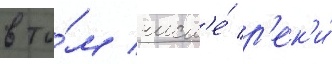
в то́м числ'е́ р'ек'и́